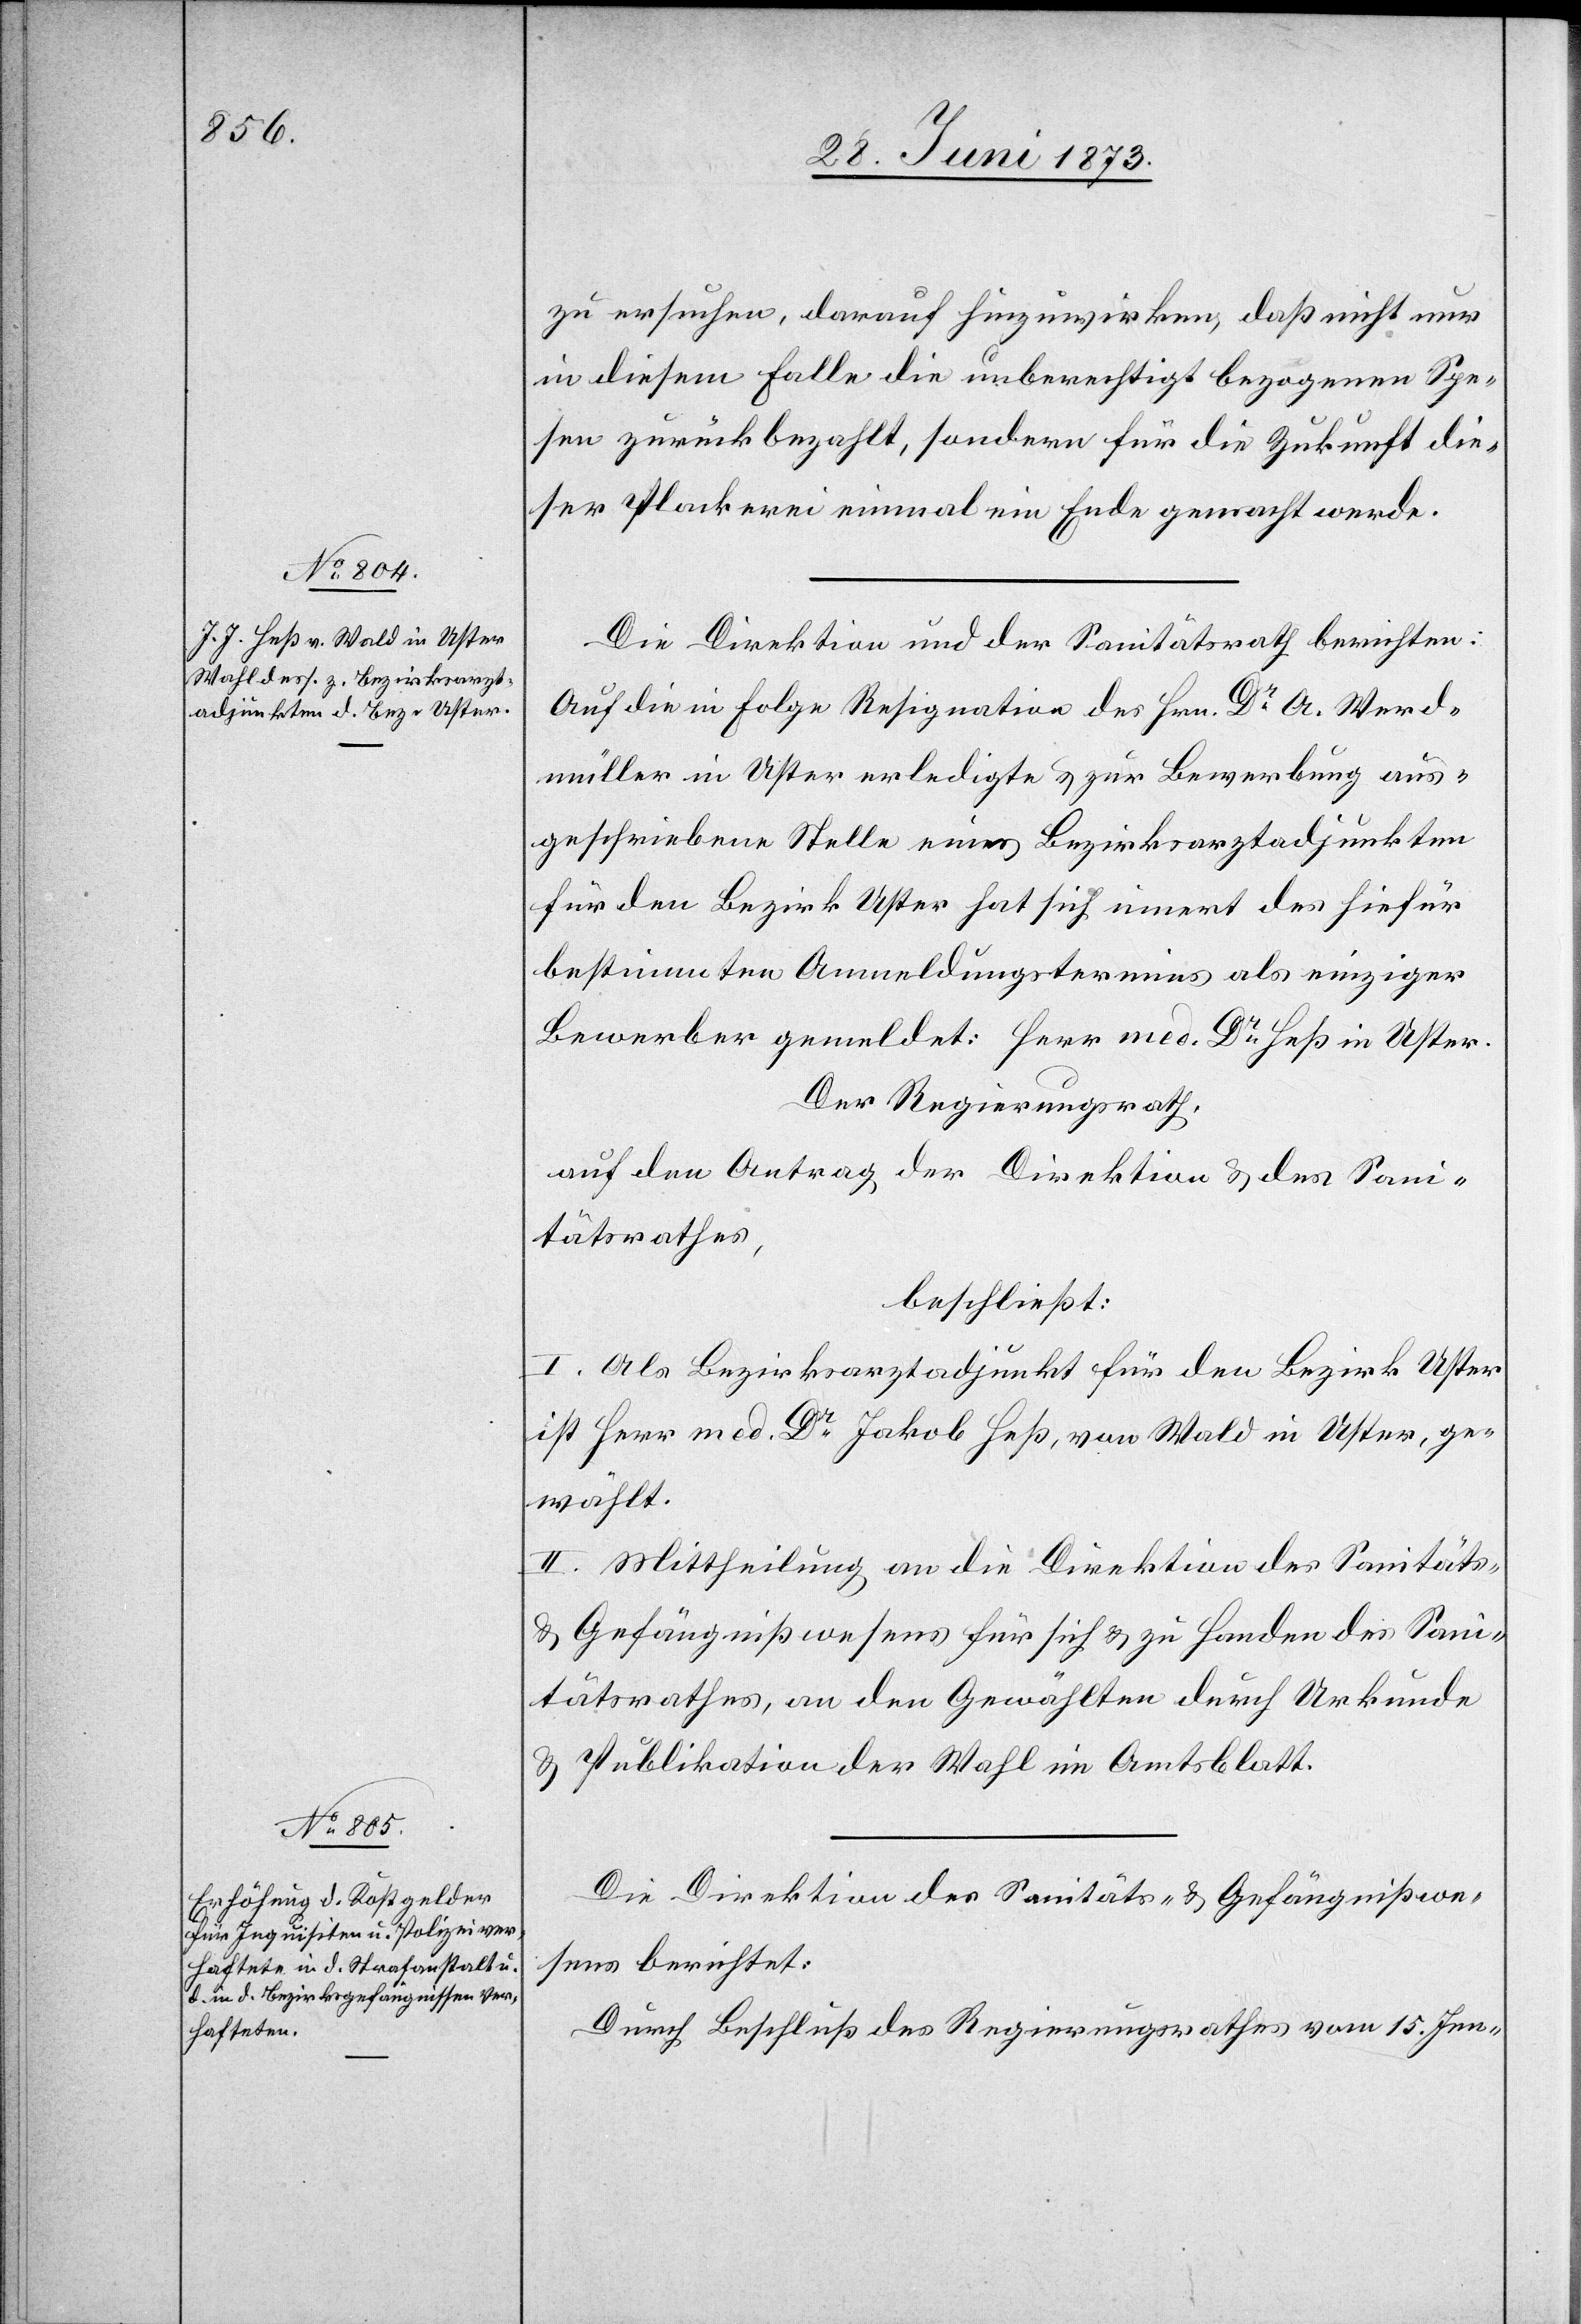
zu ersuchen, darauf hinzuwirken, daß nicht nur
in diesem Falle die unberechtigt bezogenen Spe¬
sen zurückbezahlt, sondern für die Zukunft die¬
ser Plackerei einmal ein Ende gemacht werde.
Die Direktion und der Sanitätsrath berichten:
Auf die in Folge Resignation des Hrn. Dr A. Werd¬
müller in Uster erledigte & zur Bewerbung aus¬
geschriebene Stelle eines Bezirksarztadjunkten
für den Bezirk Uster hat sich innert des hiefür
bestimmten Anmeldungstermines als einziger
Bewerber gemeldet: Herr med. Dr Heß in Uster.
Der Regierungsrath,
auf den Antrag der Direktion & des Sani¬
tätsrathes,
beschließt:
I. Als Bezirksarztadjunkt für den Bezirk Uster
ist Herr med. Dr Jakob Heß, von Wald in Uster, ge¬
wählt.
II. Mittheilung an die Direktion des Sanitäts-
& Gefängnißwesens für sich & zu Handen des Sani¬
tätsrathes, an den Gewählten durch Urkunde
& Publikation der Wahl im Amtsblatt.
Die Direktion des Sanitäts- & Gefängnißwe¬
sens berichtet:
Durch Beschluß des Regierungsrathes vom 15. Jen-